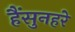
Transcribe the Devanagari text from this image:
हैंसुनहरे